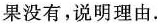
果没有，说明理由。